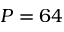
P = 6 4